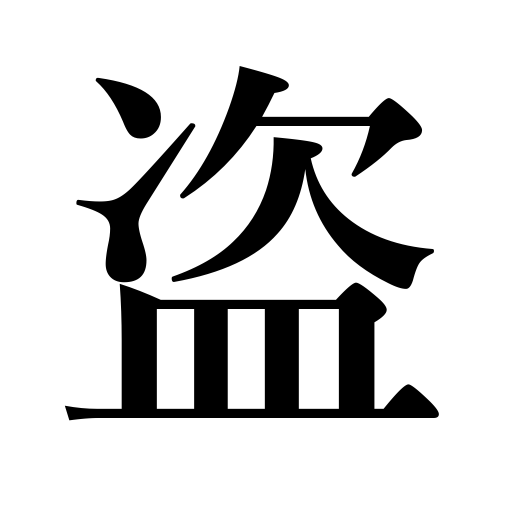
Meanings: rob,steal,pilfer,thief